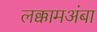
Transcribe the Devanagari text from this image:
लक्कामअंबा